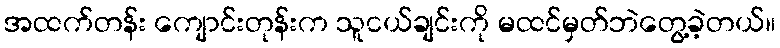
အထက်တန်း ကျောင်းတုန်းက သူငယ်ချင်းကို မထင်မှတ်ဘဲတွေ့ခဲ့တယ်။